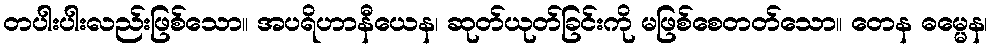
တပါးပါးလည်းဖြစ်သော။ အပရိဟာနီယေန၊ ဆုတ်ယုတ်ခြင်းကို မဖြစ်စေတတ်သော။ တေန ဓမ္မေန၊